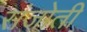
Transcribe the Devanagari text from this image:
संजोती